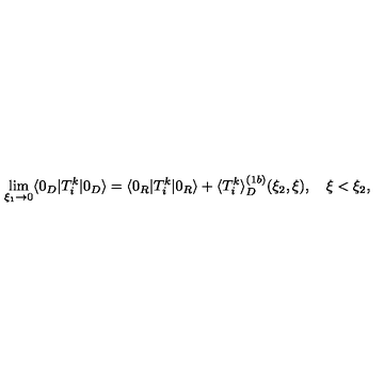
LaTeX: \lim _ { \xi _ { 1 } \rightarrow 0 } \langle 0 _ { D } | T _ { i } ^ { k } | 0 _ { D } \rangle = \langle 0 _ { R } | T _ { i } ^ { k } | 0 _ { R } \rangle + \langle T _ { i } ^ { k } \rangle _ { D } ^ { ( 1 b ) } ( \xi _ { 2 } , \xi ) , \quad \xi < \xi _ { 2 } ,